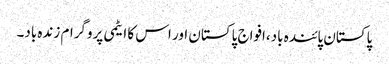
پاکستان پائندہ باد،افواج پاکستان اور اس کا ایٹمی پروگرام زندہ باد۔